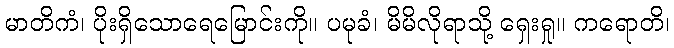
မာတိကံ၊ ပိုးရှိသောရေမြောင်းကို။ ပမုခံ၊ မိမိလိုရာသို့ ရှေးရှု။ ကရောတိ၊